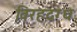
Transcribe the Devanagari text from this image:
विरहदग्ध